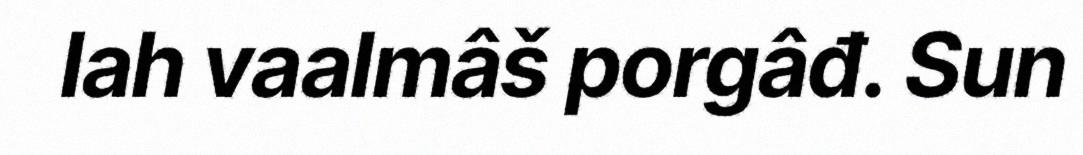
lah vaalmâš porgâđ. Sun